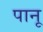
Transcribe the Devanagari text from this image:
पानू